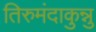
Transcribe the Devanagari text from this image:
तिरुमंदाकुन्नु